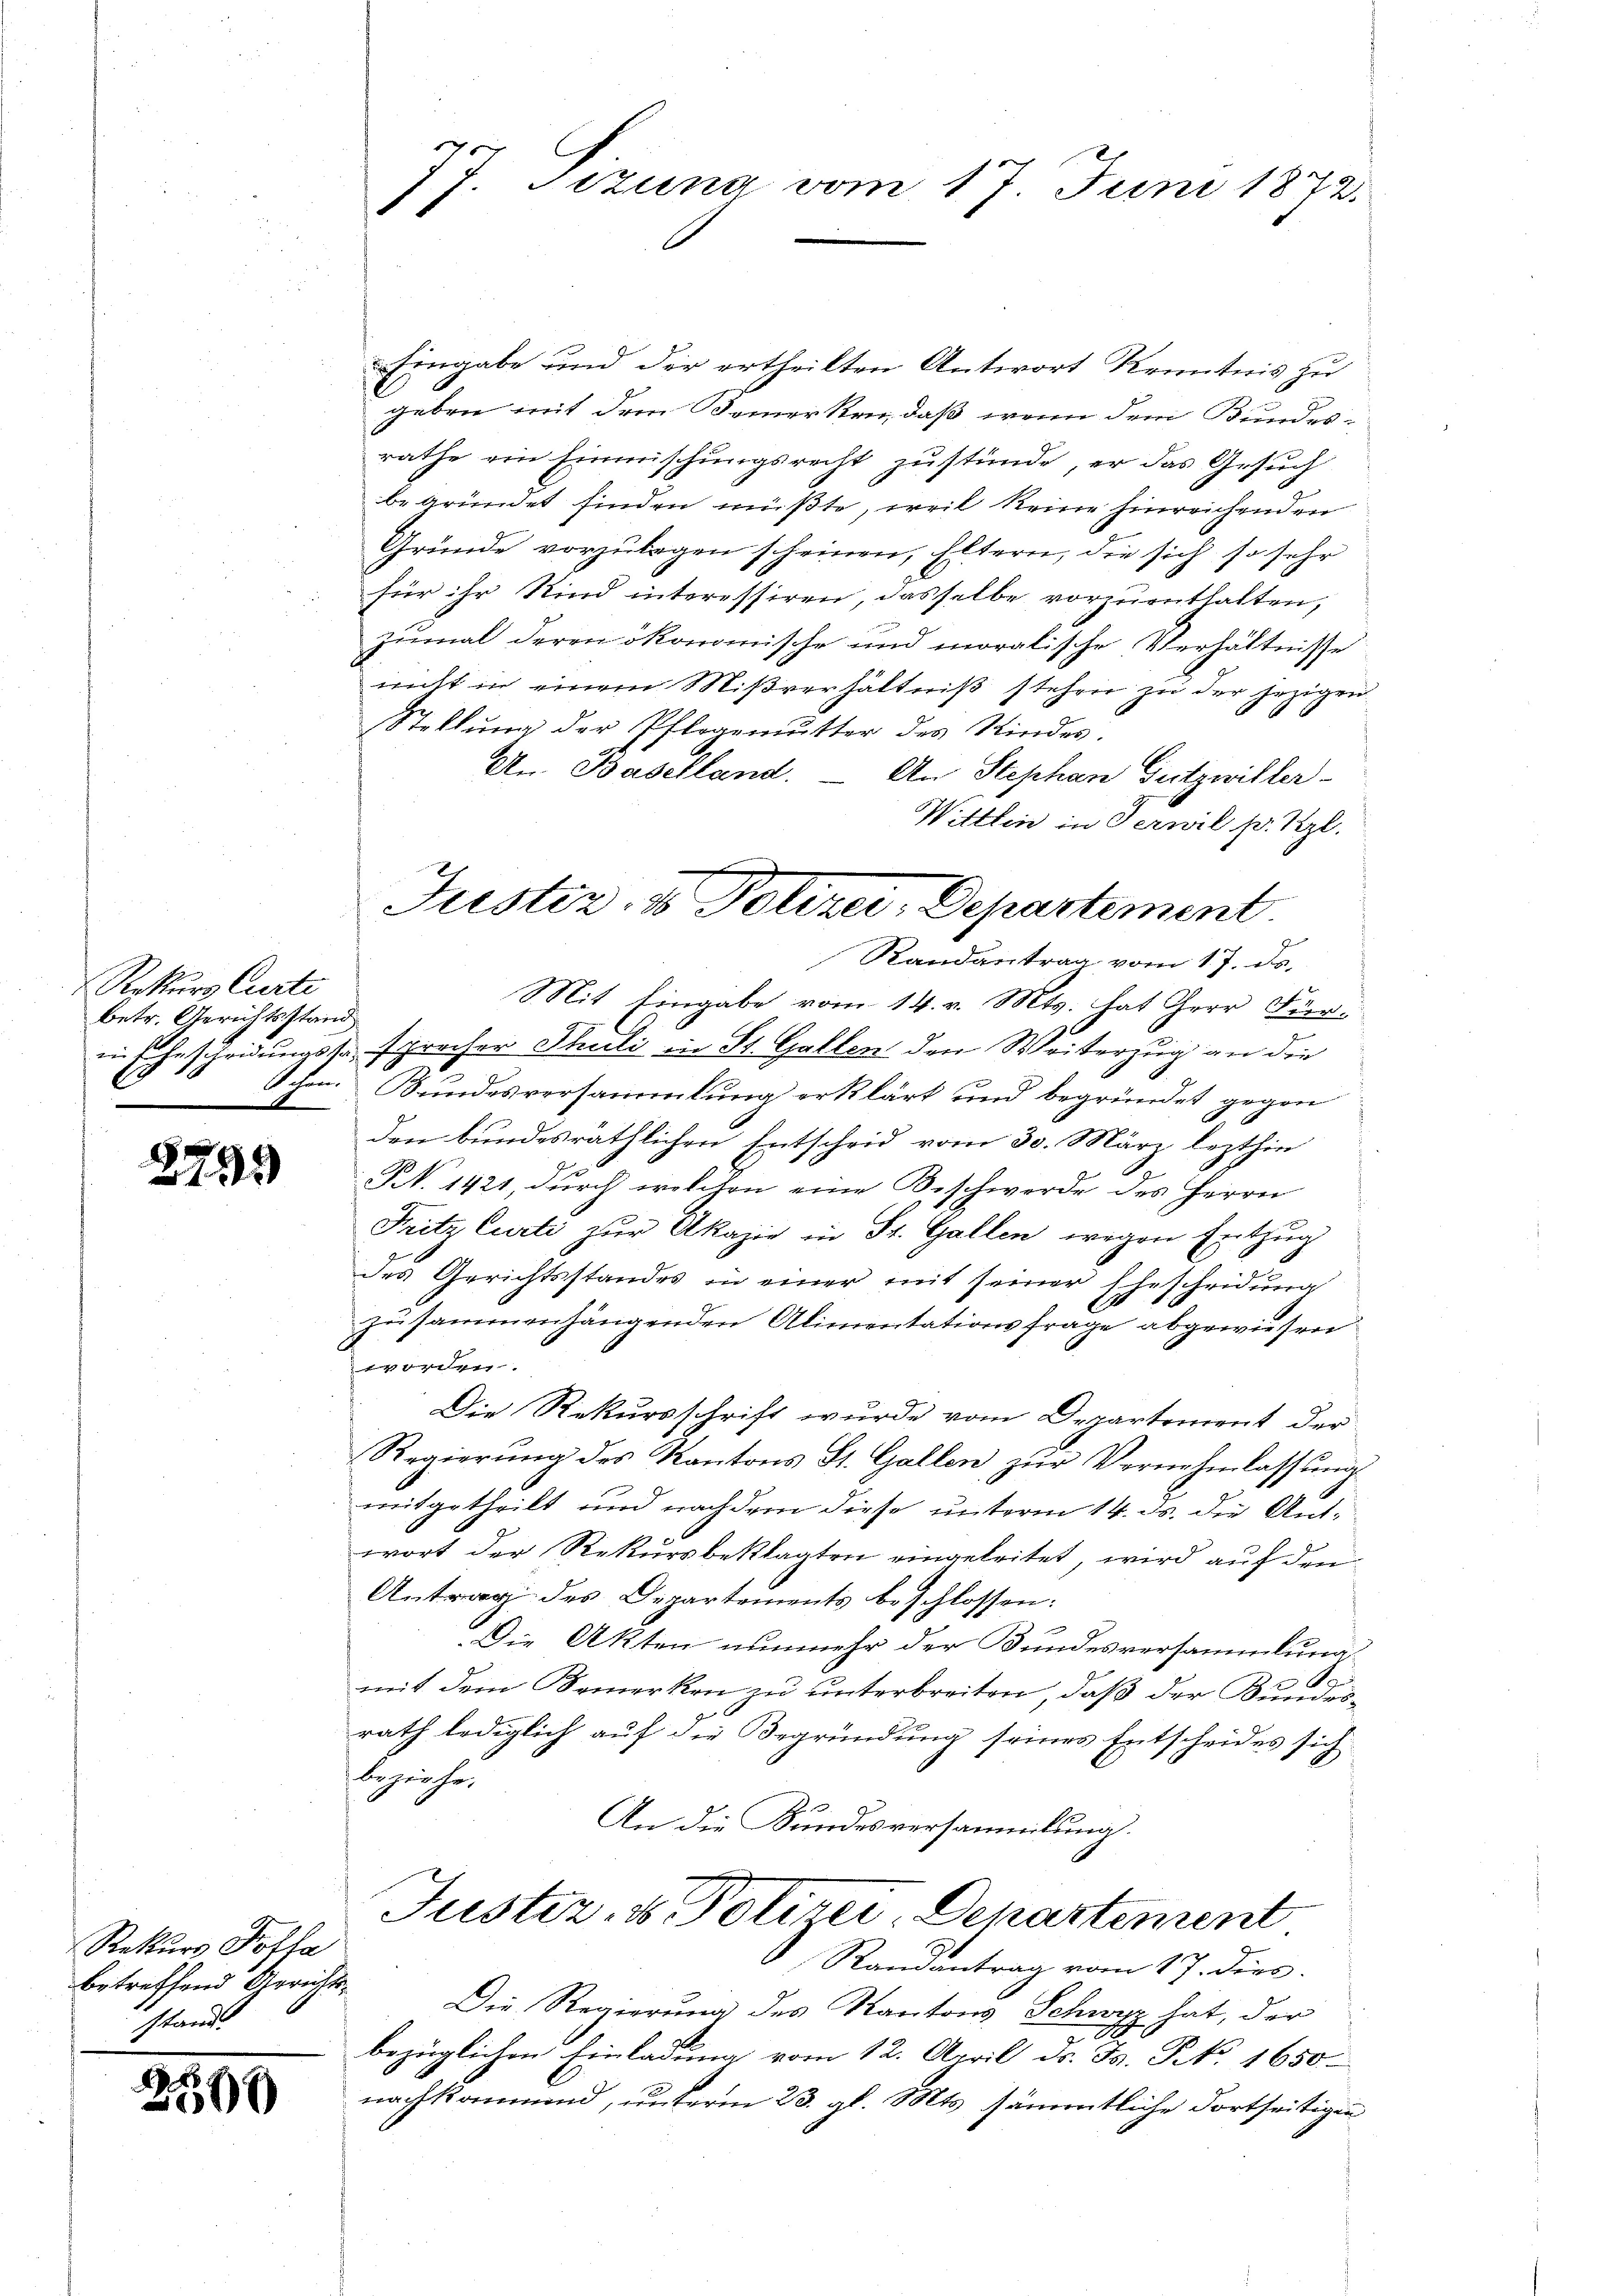
Rekurs Curti
betr. Gerichtsstand
e

2793

Rekurs Potla
betreffend Gerich.
stand

2509

7 J. Sizung vom 17. Juni 1872.

Eingabe und der ertheilten Antwort Kenntnis zu
geben mit dem Bemerken, daß wenn dem Bundes-
rathe ein Einmischungsrecht zustünde, er das Gesuch
begründet finden müßte, weil keine hinreichenden
Gründe vorzulegen scheinen, Eltern, die sich so sehr
für ihr Kind interessiren, dasselbe vorzuenthalten,
zumal deren ökonomische und moralische Verhältnisse
nitt in einem Mißverhältniß stehen zu der jezigen
Stellŭng der Pflegemutter des Kindes.
An. Baselland.
An Stephan Gutzwiller-
Wittlin in Jerwil pr. Szl.
Mit Eingabe vom 14. v. Mts. hat Herr Fürin Ehescheidungsso spracher Theili in St. Gallen den Weiterzug an die
schen. Bundesversammlung erklärt und begründet gegen
den bundesräthlichen Entscheid vom 30. März lezthin
N. 1421 durch welchen eine Beschwerde des Herrn
Fritz Curti zur Akasie in St. Gallen wegen Entzug
des Gerichtsstandes in einer mit seiner Ehescheidung
zusammenhängenden Alimentationsfrage abgewiesen
worden.
Die Rekursschrift wurde vom Departement der
Regierŭng des Kantons St. Gallen zŭr Vernehmlassŭng
mitgetheilt und nachdem diese unterm 14. ds. die Aus-
wort der Rekursbeklagten eingeleitet, wird auf den
Antrag des Departements beschlossen:
Die Akten nunmehr der Bundesversammlung
mit dem Bemerken zu unterbreiten, daß der Bundesrath lediglich auf die Begründung seines Entscheides sich
beziehe.
An die Kundesversammlung.
Justiz, u. Potirer, Departement
Randantrag vom 17. dies
2
Die Regierung des Kantons Schwer hat, der
1000
bezüglichen Einladung vom 12. April d. J. P. 1650.
nachkommend, unterm 23. gl. Mts. sämmtliche dortseitigen

Justiz- & Polizei-Departement.
Randantrag vom 17. ds.